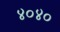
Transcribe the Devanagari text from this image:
४०४०